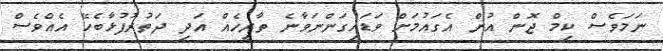
ނަމަވެސް ކިމް ޖޮން އުން އެގައުމަށް ވަޑައިގަންނަވާނެ ތާރީހެއް އަދި ދަތުރުފުޅާބެހޭ އެއްވެސް